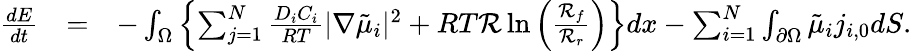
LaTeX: \begin{array}{rlr}{\frac{dE}{dt}}&{=}&{-\int_{\Omega}\left\{ \sum_{j=1}^{N}\frac{D_{i}C_{i}}{RT}|\nabla\tilde{\mu}_{i}|^{2}+RT\mathcal{R}\ln\left(\frac{\mathcal{R}_{f}}{\mathcal{R}_{r}}\right)\right\} dx-\sum_{i=1}^{N}\int_{\partial\Omega}\tilde{\mu}_{i}j_{i,0}dS.}\end{array}